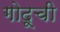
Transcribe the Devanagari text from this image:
गोदूची